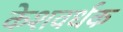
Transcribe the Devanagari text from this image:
केशवर्धक